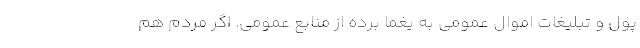
پول و تبلیغات اموال عمومی به یغما برده از منابع عمومی. اگر مردم هم